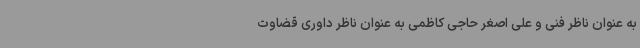
به عنوان ناظر فنی و علی اصغر حاجی کاظمی به عنوان ناظر داوری قضاوت